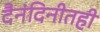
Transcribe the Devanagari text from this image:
दैनंदिनीतही